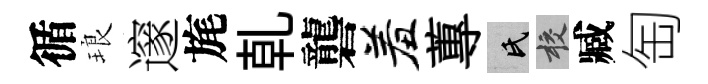
循琅邃旄乹礱羞蓴氏校臧匋